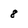
Character: 8